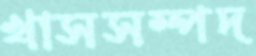
খাসসম্পদ